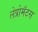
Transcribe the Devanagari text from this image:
लेप्रोमॅटस